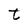
Character: t